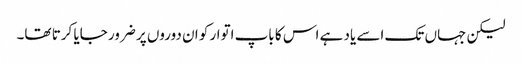
لیکن جہاں تک اسے یاد ہے اس کا باپ اتوار کو ان دوروں پر ضرور جایا کرتا تھا۔